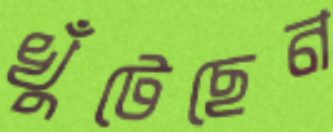
খুঁটেছেন